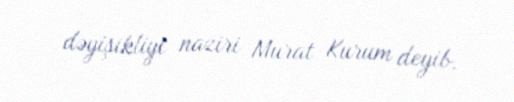
dəyişikliyi naziri Murat Kurum deyib.